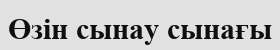
Өзін сынау сынағы